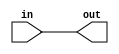
module TTLBuffer(
    input wire in,
    output reg out
);

assign out = in;

endmodule